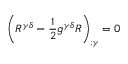
\left( R ^ { \gamma \delta } - { \frac { 1 } { 2 } } g ^ { \gamma \delta } R \right) _ { ; \gamma } = 0